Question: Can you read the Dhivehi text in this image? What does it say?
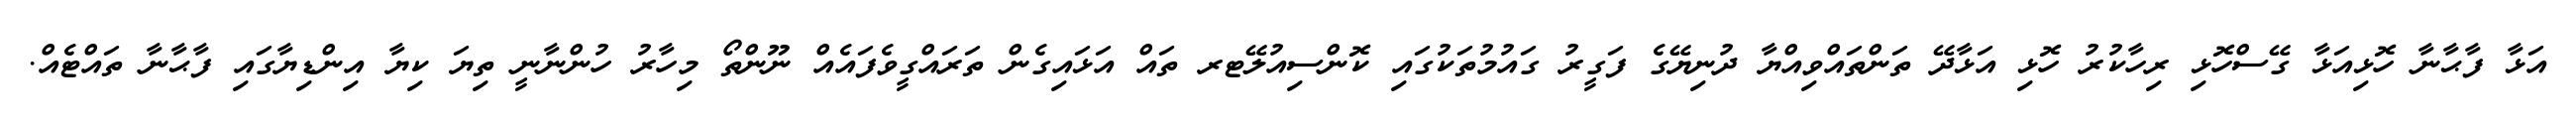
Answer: އަޅާ ފާޙާނާ ހޮޅިއަޅާ ގޭސްހޮޅި ރިހާކުރު ހޮޅި އަޅާދޭ ތަންތައްވިއްޔާ ދުނިޔޭގެ ފަގީރު ގައުމުތަކުގައި ކޮންސިއުލޭޓރ ތައް އަޅައިގެން ތަރައްގީވެފައެއް ނޫންތޯ މިހާރު ހުންނާނީ ތިޔަ ކިޔާ އިންޑިޔާގައި ފާޙާނާ ތައްޓެއް.